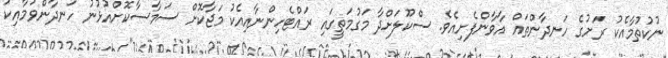
ނުކުތުމާއެކު ރަށުގެ ހަނދާންތައް އާވާންފެށިއެވެ. ސްކޫލަށްދާ މަގުމަތީގައި ރައްޓެހިންނާއިއެކު މަޖާކޮށް ސަމާސާކޮށްއުޅުނު ހަނދާންވުމާާާއިކު